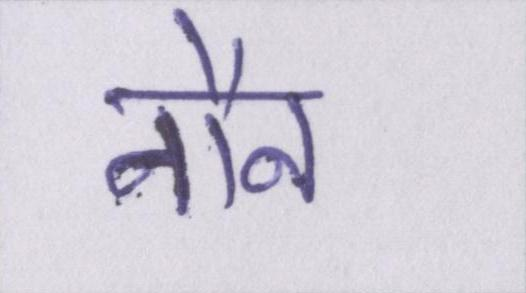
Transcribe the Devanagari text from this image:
नौन